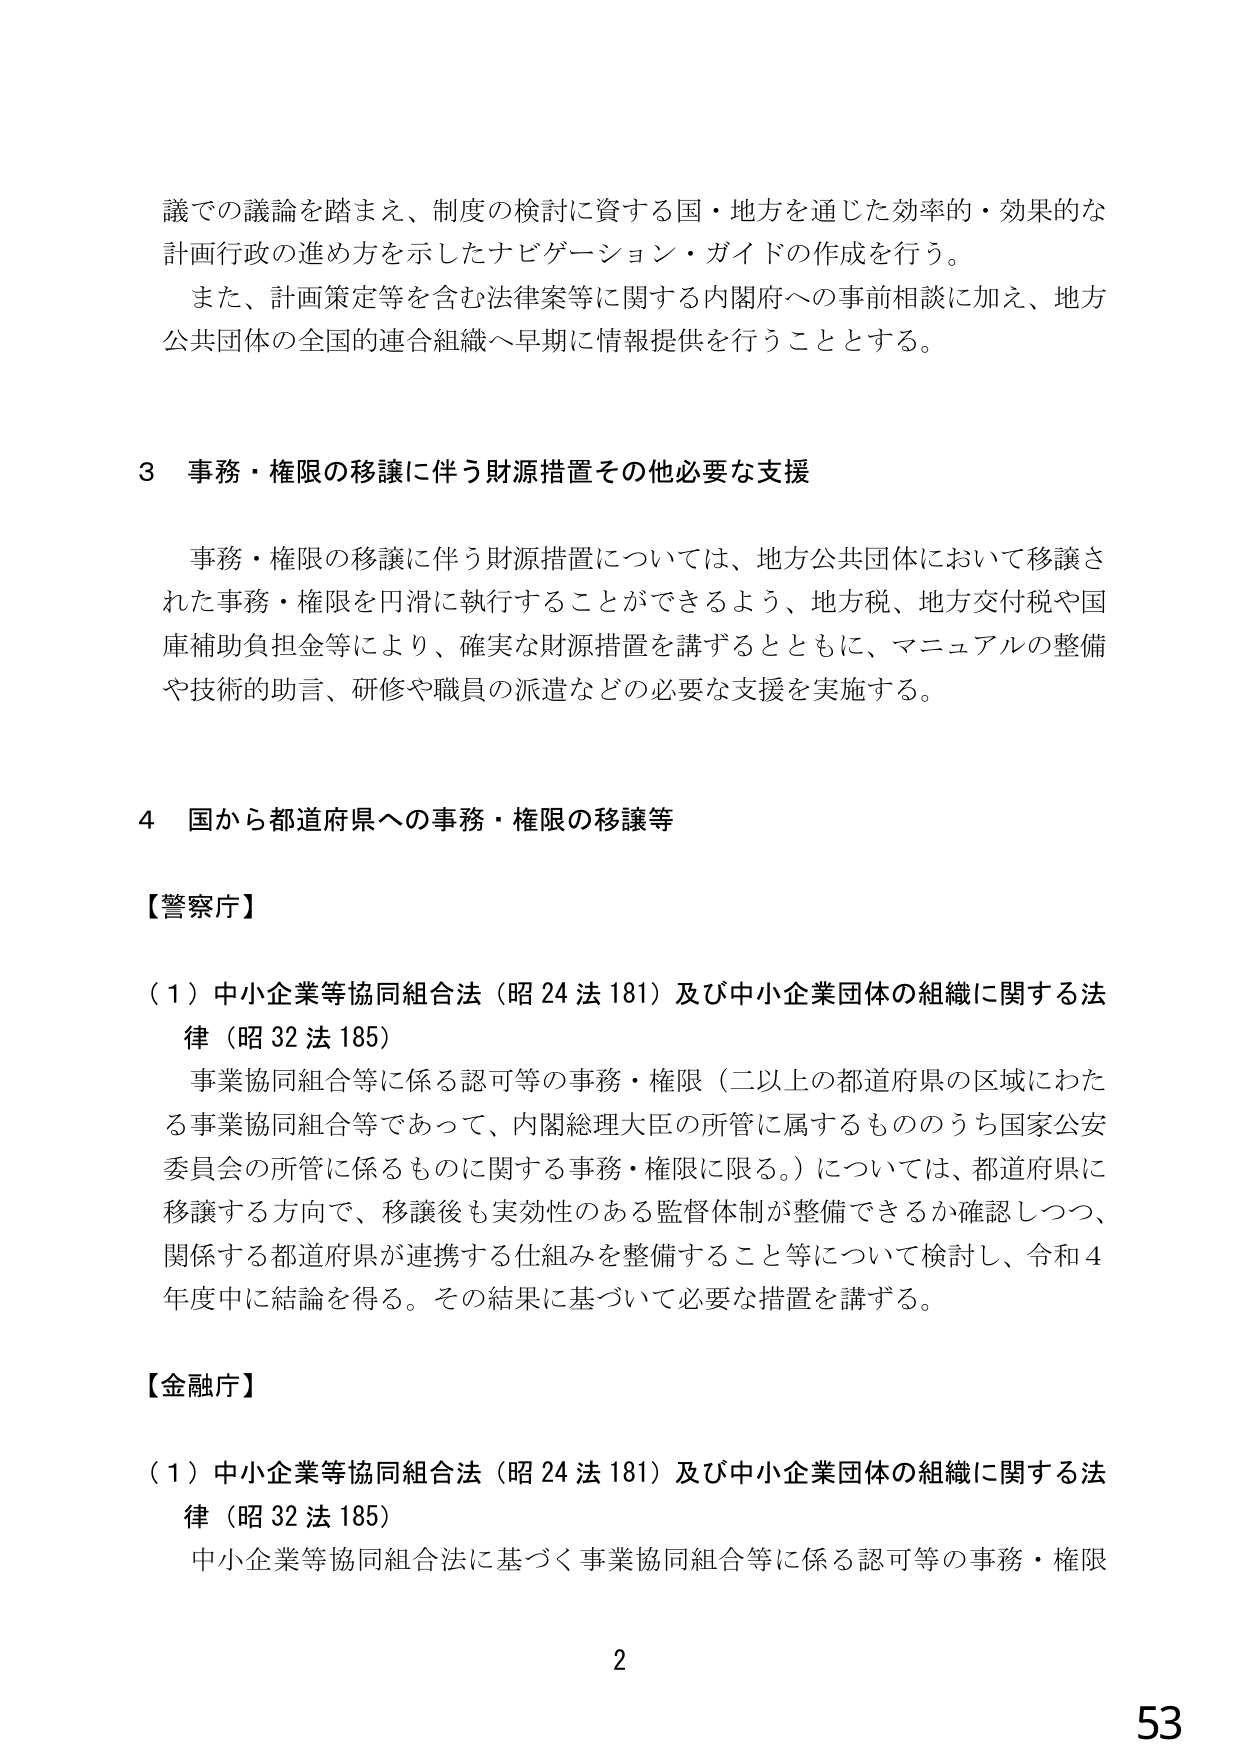
議での議論を踏まえ、制度の検討に資する国・地方を通じた効率的・効果的な計画行政の進め方を示したナビゲーション・ガイドの作成を行う。
また、計画策定等を含む法律案等に関する内閣府への事前相談に加え、地方公共団体の全国的連合組織へ早期に情報提供を行うこととする。

3 事務・権限の移譲に伴う財源措置その他必要な支援
事務・権限の移譲に伴う財源措置については、地方公共団体において移譲された事務・権限を円滑に執行することができるよう、地方税、地方交付税や国庫補助負担金等により、確実な財源措置を講ずるとともに、マニュアルの整備や技術的助言、研修や職員の派遣などの必要な支援を実施する。

4 国から都道府県への事務・権限の移譲等

【警察庁】
（1）中小企業等協同組合法（昭24法181）及び中小企業団体の組織に関する法律（昭32法185）
事業協同組合等に係る認可等の事務・権限（二以上の都道府県の区域にわたる事業協同組合等であって、内閣総理大臣の所管に属するもののうち国家公安委員会の所管に係るものに関する事務・権限に限る。）については、都道府県に移譲する方向で、移譲後も実効性のある監督体制が整備できるか確認しつつ、関係する都道府県が連携する仕組みを整備すること等について検討し、令和4年度中に結論を得る。その結果に基づいて必要な措置を講ずる。

【金融庁】
（1）中小企業等協同組合法（昭24法181）及び中小企業団体の組織に関する法律（昭32法185）
中小企業等協同組合法に基づく事業協同組合等に係る認可等の事務・権限

2
53